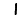
Digit: 1